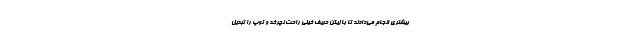
بیشتری انجام می‌دادند تا بازیکن حریف خیلی راحت نچرخد و توپ را تبدیل